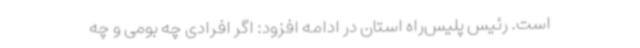
است. رئیس پلیس‌راه استان در ادامه افزود: اگر افرادی چه بومی و چه